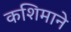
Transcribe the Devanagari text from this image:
कशिमाने